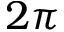
2 \pi